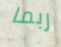
ربما